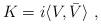
LaTeX: \begin{align*}K= i \langle V,\bar V\rangle \ , \end{align*}